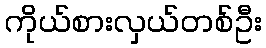
ကိုယ်စားလှယ်တစ်ဦး